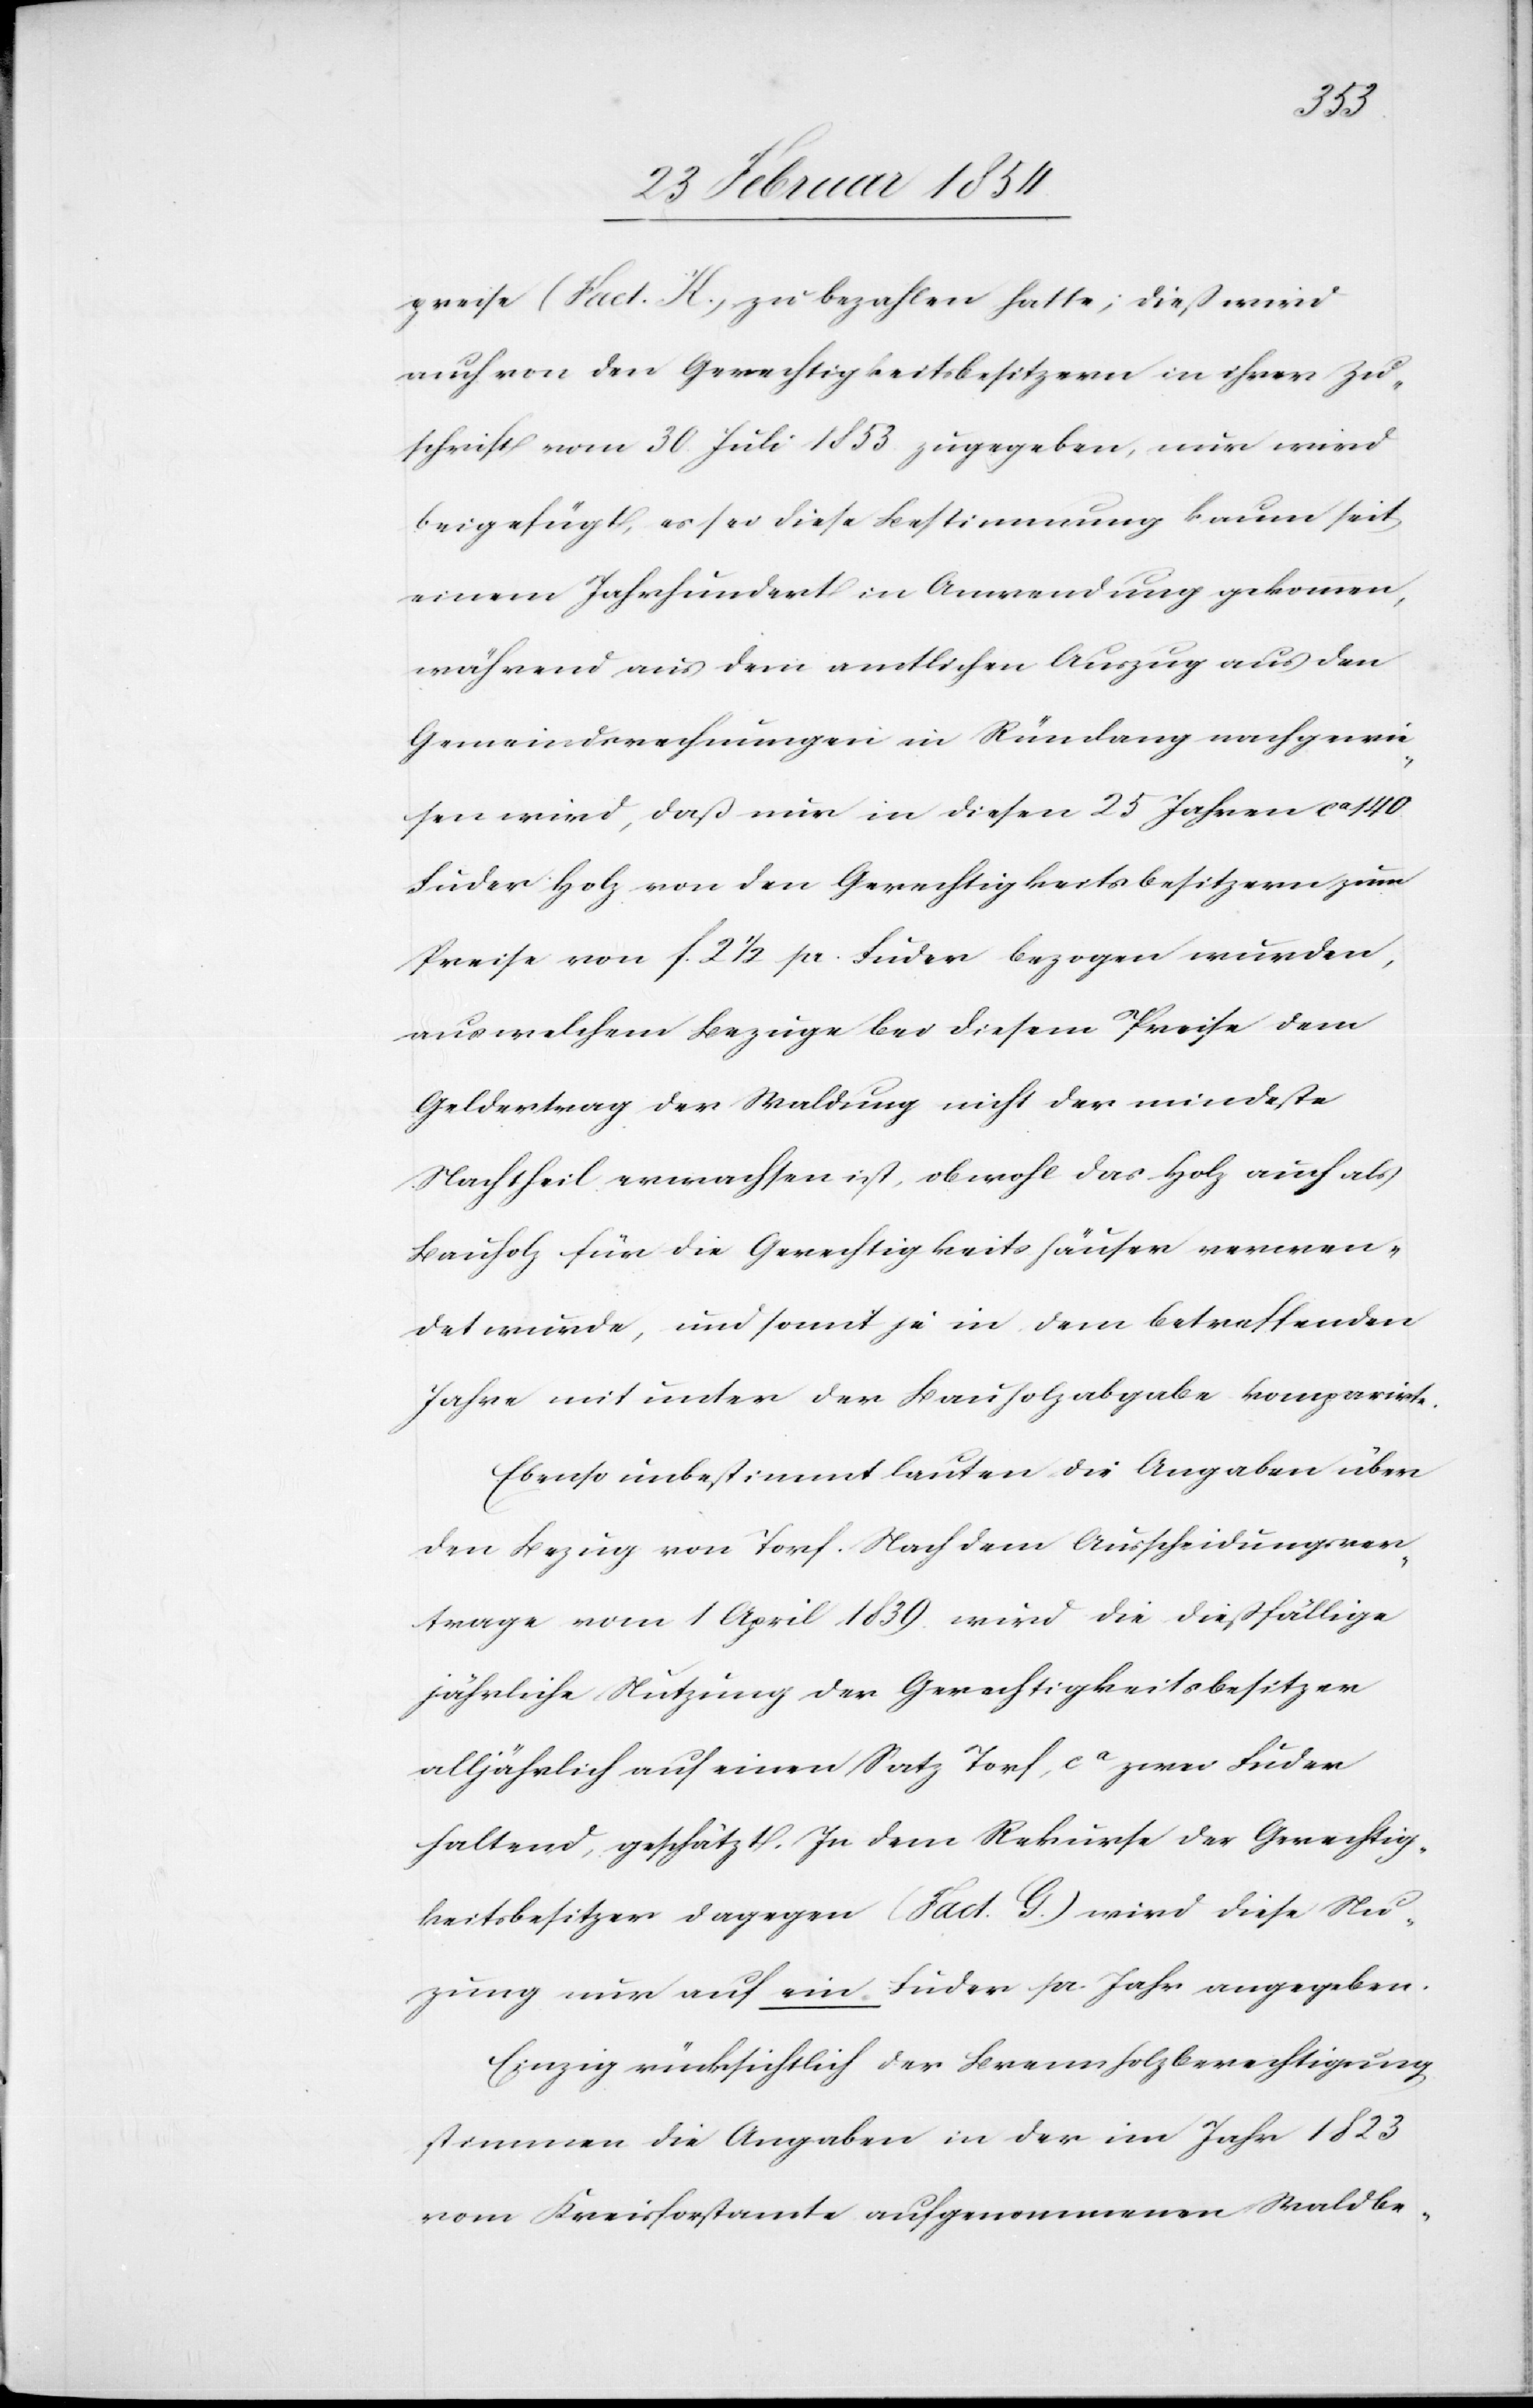
preise (Fact. K.) zu bezahlen hatte; dieß wird
auch von den Gerechtigkeitsbesitzern in ihrer Zu¬
schrift vom 30. Juli 1853 zugegeben, nur wird
beigefügt, es sei diese Bestimmung kaum seit
einem Jahrhundert in Anwendung gekommen,
während aus dem amtlichen Auszug aus den
Gemeindsrechnungen in Rümlang nachgewie¬
sen wird, daß nur in diesen 25 Jahren ca 140
Fuder Holz von den Gerechtigkeitsbesitzern zum
Preise von F. 2 ½ pr. Fuder bezogen wurden,
aus welchem Bezuge bei diesem Preise dem
Geldertrag der Waldung nicht der mindeste
Nachtheil erwachsen ist, obwohl das Holz auch als
Bauholz für die Gerechtigkeitshäuser verwen¬
det wurde, und somit je in dem betreffenden
Jahre mit unter der Bauholzabgabe komparirte.
Ebenso unbestimmt lauten die Angaben über
den Bezug von Torf. Nach dem Ausscheidungsver¬
trage vom 1 April 1839 wird die dießfällige
jährliche Nutzung der Gerechtigkeitsbesitzer
alljährlich auf einen Satz Torf, ca zwei Fuder
haltend, geschätzt. In dem Rekurse der Gerechtig¬
keitsbesitzer dagegen (Fact. G.) wird diese Nut¬
zung nur auf ein Fuder pr. Jahr angegeben.
Einzig rücksichtlich der Brennholzberechtigung
stimmen die Angaben in der im Jahr 1823
vom Kreisforstamte aufgenommenen Waldbe-